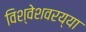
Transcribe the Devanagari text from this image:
विश्वेशवरय्या